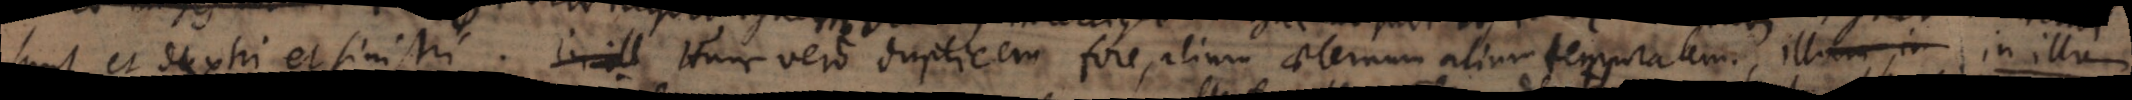
sunt et dextri et sinistri. Hunc vero duplicem fore, alium aeternum alium temporalem. illum in In illum